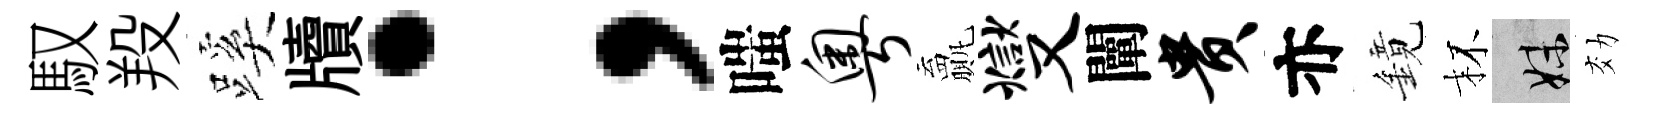
馭羖蹊牘；嗤粤贏燮闡贵亦鏡杯妹効